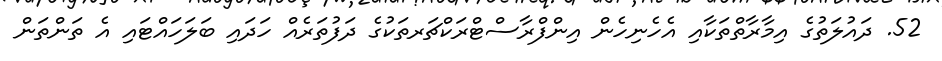
52. ދައުލަތުގެ އިމާރާތްތަކާއި އެހެނިހެން އިންފްރާސްޓްރަކްޗަރތަކުގެ ދަފުތަރެއް ހަދައި ބަލަހައްޓައި އެ ތަންތަން